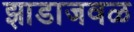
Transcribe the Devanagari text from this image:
झाडाजवळ